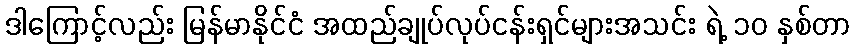
ဒါကြောင့်လည်း မြန်မာနိုင်ငံ အထည်ချုပ်လုပ်ငန်းရှင်များအသင်း ရဲ့ ၁၀ နှစ်တာ